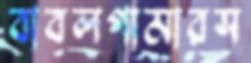
বাবলগামারস